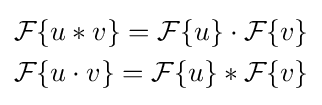
{\begin{aligned}&{\mathcal {F}}\{u*v\}={\mathcal {F}}\{u\}\cdot {\mathcal {F}}\{v\}\\&{\mathcal {F}}\{u\cdot v\}={\mathcal {F}}\{u\}*{\mathcal {F}}\{v\}\end{aligned}}